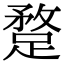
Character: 𨂣